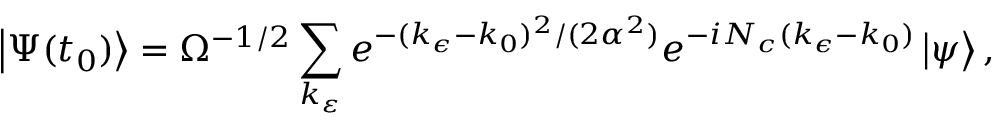
\left\vert \Psi ( t _ { 0 } ) \right\rangle = \Omega ^ { - 1 / 2 } \sum _ { k _ { \varepsilon } } e ^ { - ( k _ { \epsilon } - k _ { 0 } ) ^ { 2 } / ( 2 \alpha ^ { 2 } ) } e ^ { - i N _ { c } ( k _ { \epsilon } - k _ { 0 } ) } \left\vert \psi \right\rangle ,